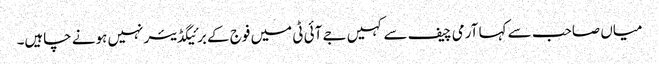
میاں صاحب سے کہا آرمی چیف سے کہیں جے آئی ٹی میں فوج کے برئیگڈیئر نہیں ہونے چاہیں۔